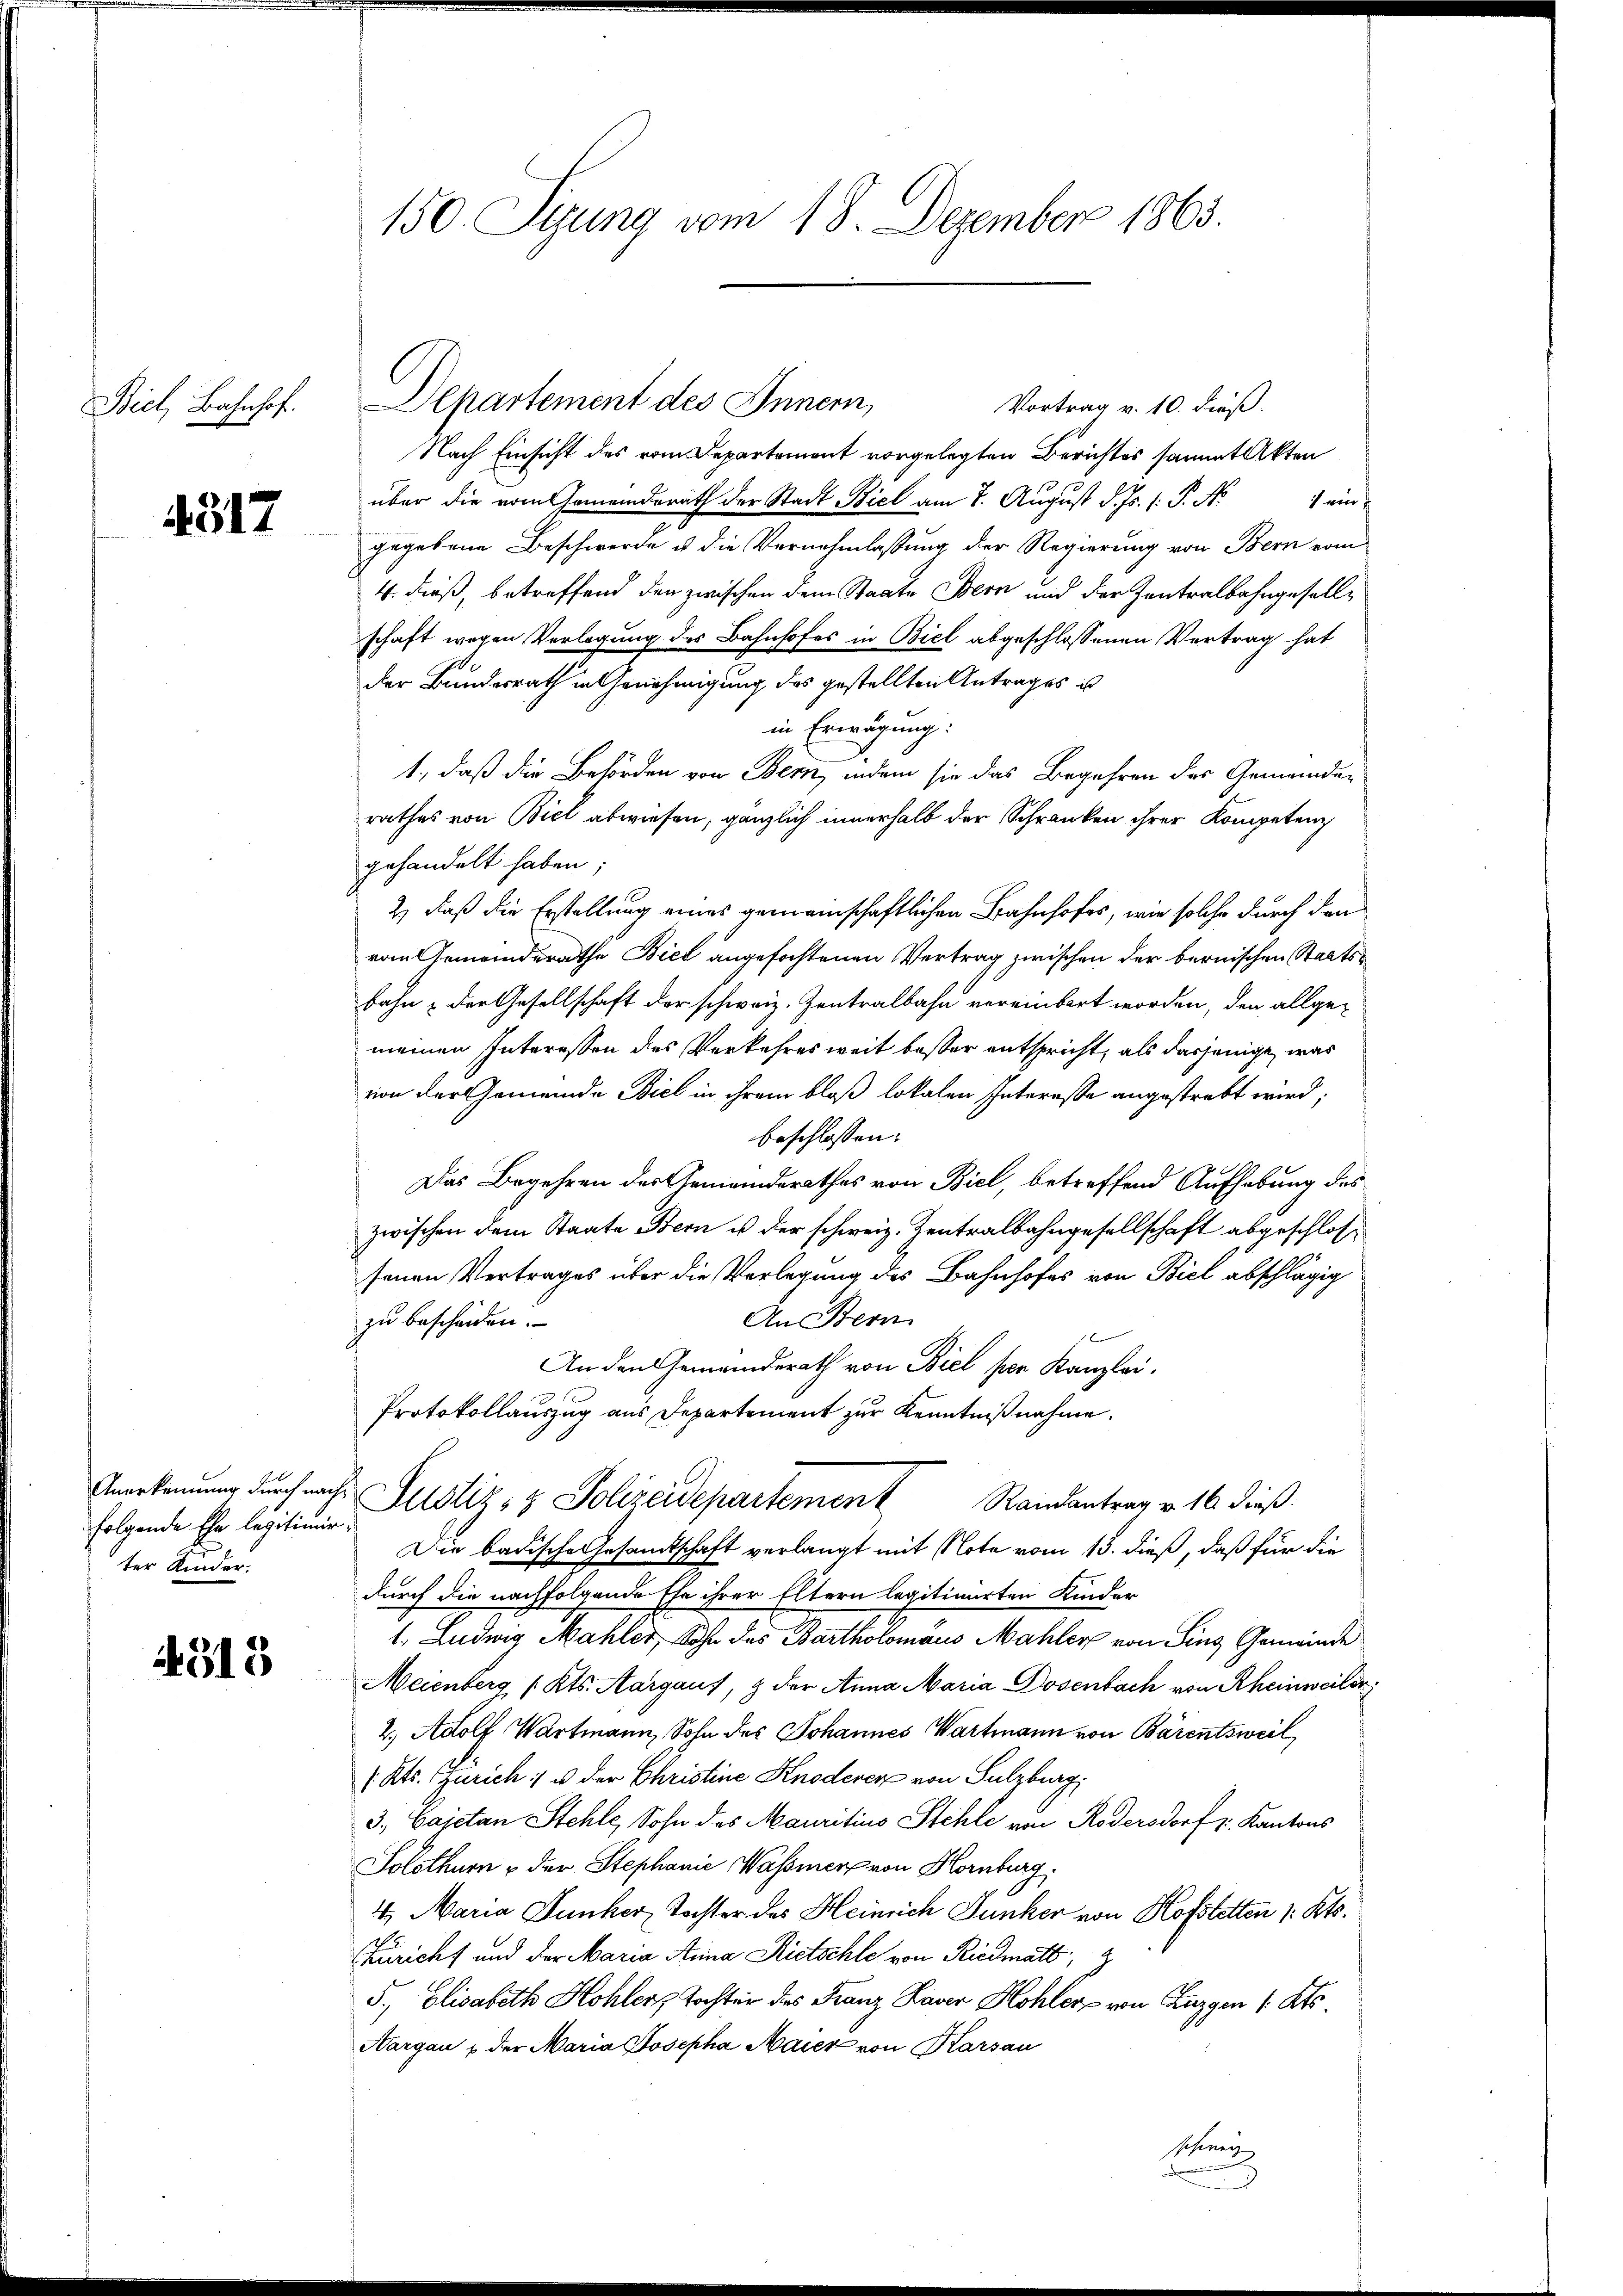
4317

folgende Ehe legitimirter Kinder¬

4318

150. Stung vom 18. Dezember 1863.

Biel, Bahnhof. Departement des Innern,

Vortrag v. 10. dieß.
Nach Einsicht des vom Departement vorgelegten Berichtes sammt Akten
über die vom Gemeinderath der Stadt Biel am 7. August d. Js. 1. P. Nr. 1 un
gegebene Beschwerde u. die Vernehmlassung der Regierung von Bern vom
4. dieß, betreffend den zwischen dem Staate Bern und der Zentralbahngesellschaft wegen Verlegung des Bahnhofes in Biel abgeschlossenen Vertrag hat
der Bundesrath in Genehmigung des gestellten Antrages is
in Erwägung:
1., daß die Behörden von Bern, indem sie das Begehren des Gemeinder
rathes von Biel abwiesen, gänzlich innerhalb der Schranken ihrer Kompetenz
gehandelt haben.
2) daß die Erstellung eines gemeinschaftlichen Bahnhofes, wie solche durch den
vom Gemeindsrathe Biel angefochtenen Vertrag zwischen der bernischen Staatsbahn & der Gesellschaft der schweiz. Zentralbahn vereinbert worden, den allgemeinen Interessen des Verkehres weit besser entspricht, als dasjenige, was
von der Gemeinde Biel in ihrem bloß lokalen Interesse angestrebt wird;
beschlossen:
Das Begehren des Gemeinderathes von Biel, betreffend Aufhebung des
zwischen dem Staate Bern u der schweiz. Zentralbahngesellschaft abgeschlossenen Vertrages über die Verlegung des Bahnhofes von Biel abschlägig
An Bern
zu bescheiden.
An den Gemeinderath von Biel per Kanzlei.
Protokollauszug aus Departement zur Kenntnißnahme.
Anerkennung durch nach Zustiz- & Polizeidepartement
Randantrag v. 16 dieß.
Die badische Gesamtschaft verlangt mit Note vom 13. dieß, daß für die
durch die nachfolgende Ehe ihrer Eltern legitimirten Kinder
1., Ludwig Mahler, Sohn des Bartholomaus Mahler von Sins Gemeinde
Meienberg ( Kts. Aargaus, & der Anna Maria Dosenbach von Rheinweiler,
2. Adolf Wartmann, Sohn des Johannes Wartmann von Bärentsweil
( Kts. Zürich :/ u der Christine Knodeser von Sulzburg,
3. Cajetan Stehle, Sohn des Mauritius Stehle von Roversdorf u. Kantons
Solothurn u der Stephanie Wasser von Hornburg.
14. Maria Junker, Tochter des Heinrich Junker von Hofstetten 1. Kts.
Züricht und der Maria Anna Rietschle von Riedmatt,
5., Elisabeth Hohlers Tochter des Franz Kaver Hohler von Luzgen /: Kts.
Nargau & der Maria Josepha Maier von Karsau
schweiz